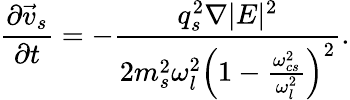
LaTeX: \frac{\partial\vec{v}_{s}}{\partial t}=-\frac{q_{s}^{2}\nabla|E|^{2}}{2m_{s}^{2}\omega_{l}^{2}\left(1-\frac{\omega_{cs}^{2}}{\omega_{l}^{2}}\right)^{2}}.